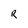
Character: R